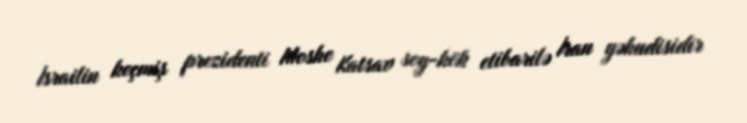
İsrailin keçmiş prezidenti Moshe Katsav soy-kök etibarilə İran yəhudisidir